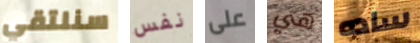
سنلتقي نفس على هي ساده